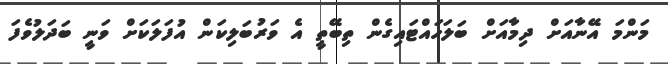
މަންމަ އޭނާއަށް ދިމާއަށް ބަލަހައްޓައިގެން ތިބޭތީ އެ ވަރުބަލިކަން އުފަލަކަށް ވަނީ ބަދަލުވެފަ